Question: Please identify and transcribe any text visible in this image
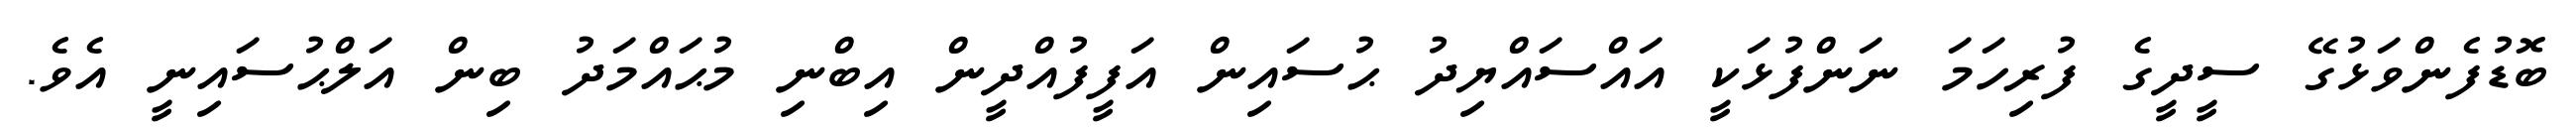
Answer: ބޮޑުފެންވަޅުގޭ ސީދީގެ ފުރިހަމަ ނަންފުޅަކީ އައްސައްޔިދު ޙުސައިން އަފީފުއްދީން އިބްނި މުޙައްމަދު ބިން އަލްޙުސައިނީ އެވެ.